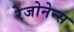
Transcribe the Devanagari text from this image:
रेजोनेन्स